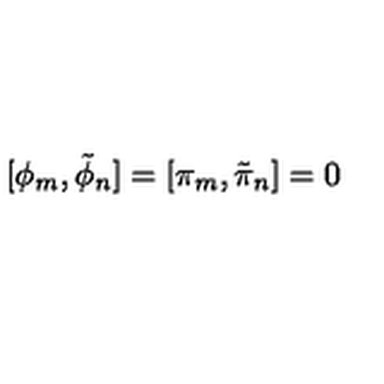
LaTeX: [ \phi _ { m } , \tilde { \phi } _ { n } ] = [ \pi _ { m } , \tilde { \pi } _ { n } ] = 0